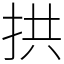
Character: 拱